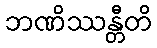
ဘဏိဿန္တီတိ